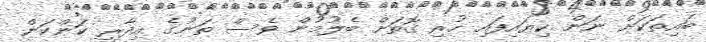
ބައިތަކަށް ނަން ކިޔައިފައި ހުރި ގޮތަށް ބެލުމުން ވެސް ތަނުގެ އިދާރީ ކަންކަން